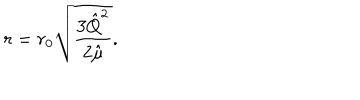
r = r _ { 0 } \sqrt { \frac { 3 { \hat { Q } } ^ { 2 } } { 2 { \hat { \mu } } } } .